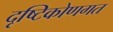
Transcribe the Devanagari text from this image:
दृष्टिकोणगत